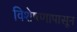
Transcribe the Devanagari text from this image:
विशेषणापासून